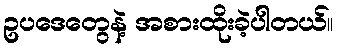
ဥပဒေတွေနဲ့ အစားထိုးခဲ့ပါတယ်။